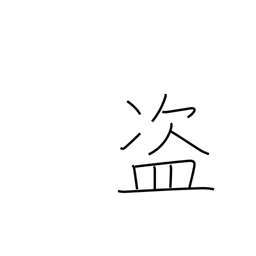
Meaning: rob